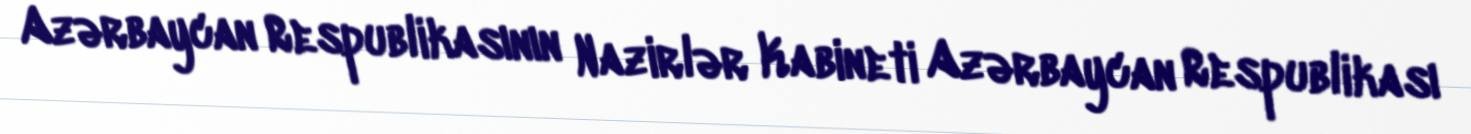
Azərbaycan Respublikasının Nazirlər Kabineti Azərbaycan Respublikası